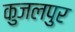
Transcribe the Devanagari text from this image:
कुजलपुर